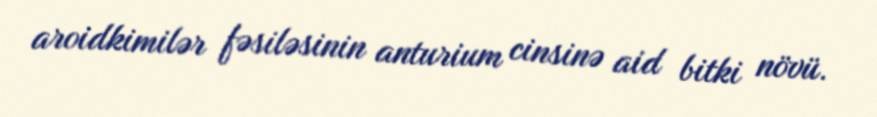
aroidkimilər fəsiləsinin anturium cinsinə aid bitki növü.